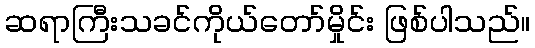
ဆရာကြီးသခင်ကိုယ်တော်မှိုင်း ဖြစ်ပါသည်။